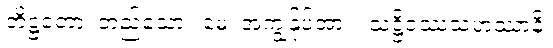
တိဋ္ဌတော၊ တည်သော။ မေ၊ အကျွန်ုပ်အား။ သဋ္ဌိဝဿသဟဿာနိ၊